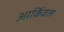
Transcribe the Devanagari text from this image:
आर्किवल